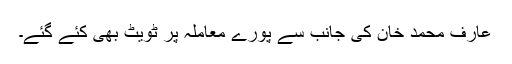
عارف محمد خان کی جانب سے پورے معاملہ پر ٹویٹ بھی کئے گئے۔